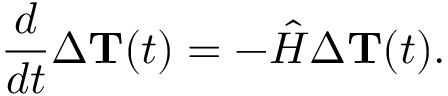
\frac { d } { d t } \Delta { { \bf T } } ( t ) = - { \hat { H } } \Delta { { \bf T } } ( t ) .